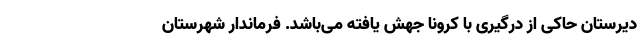
دیرستان حاکی از درگیری با کرونا جهش یافته می‌باشد. فرماندار شهرستان